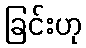
ခြင်းဟု